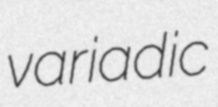
variadic